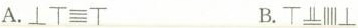
A. B.